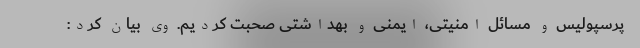
پرسپولیس و مسائل امنیتی، ایمنی و بهداشتی صحبت کردیم. وی بیان کرد: